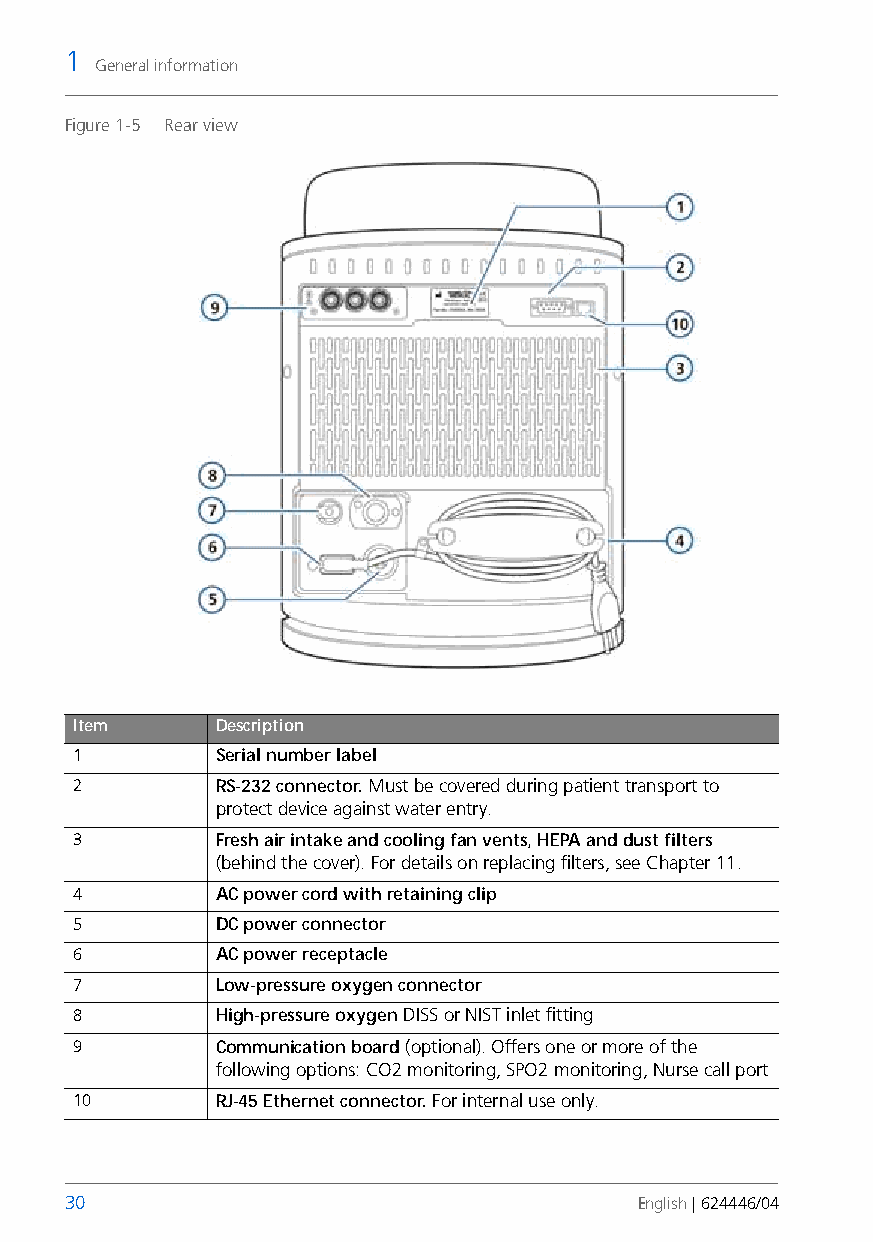
1
 General information
 Figure 1-5 Rear view
 Item     Description
 1        Serial number label
 2        RS-232 connector. Must be covered during patient transport to
 protect device against water entry.
 3        Fresh air intake and cooling fan vents, HEPA and dust filters
 (behind the cover). For details on replacing filters, see Chapter 11.
 4        AC power cord with retaining clip
 5        DC power connector
 6        AC power receptacle
 7        Low-pressure oxygen connector
 8        High-pressure oxygen DISS or NIST inlet fitting
 9        Communication board (optional). Offers one or more of the
 following options: CO2 monitoring, SPO2 monitoring, Nurse call port
 10       RJ-45 Ethernet connector. For internal use only.
 30                                    English | 624446/04